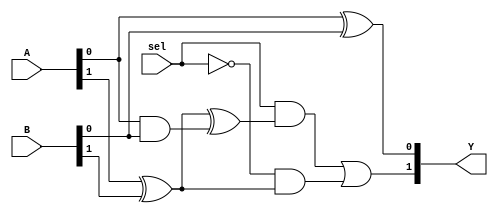
/* Generated by Yosys 0.7 (git sha1 61f6811, gcc 6.2.0-11ubuntu1 -O2 -fdebug-prefix-map=/build/yosys-OIL3SR/yosys-0.7=. -fstack-protector-strong -fPIC -Os) */


module mux_2to1(Y, A, B, sel);
  
  wire _03_;
  
  wire _04_;
  
  wire _05_;
  
  input [1:0] A;
  
  input [1:0] B;
  
  output [1:0] Y;
  
  wire [1:0] _0_;
  
  wire [1:0] _1_;
  
  wire [1:0] _2_;
  
  input sel;
  assign _05_ = ~ sel;
  assign _03_ = sel &  _0_[1];
  assign _04_ = _05_ &  _2_[1];
  assign Y[1] = _03_ |  _04_;
  assign Y[0] = A[0] ^  B[0];
  assign _2_[1] = A[1] ^  B[1];
  assign _0_[1] = _2_[1] ^  _1_[0];
  assign _1_[0] = A[0] &  B[0];
endmodule